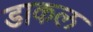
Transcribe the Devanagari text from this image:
डाकल